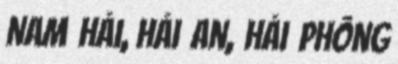
Nam Hải, Hải An, Hải Phòng